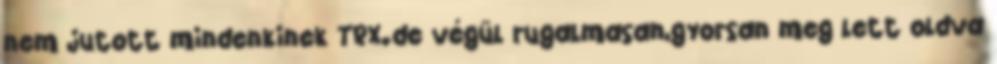
nem jutott mindenkinek TRX.de végül rugalmasan,gyorsan meg lett oldva